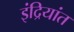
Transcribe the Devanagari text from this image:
इंद्रियांत